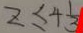
z \leq 4 \frac { 1 } { 3 }